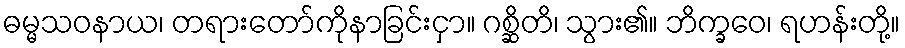
ဓမ္မသဝနာယ၊ တရားတော်ကိုနာခြင်းငှာ။ ဂစ္ဆိတိ၊ သွား၏။ ဘိက္ခဝေ၊ ရဟန်းတို့။